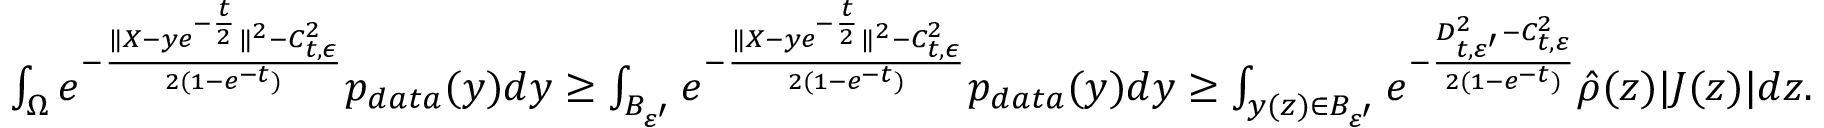
\begin{array} { r } { \int _ { \Omega } e ^ { - \frac { \| X - y e ^ { - \frac { t } { 2 } } \| ^ { 2 } - C _ { t , \epsilon } ^ { 2 } } { 2 ( 1 - e ^ { - t } ) } } p _ { d a t a } ( y ) d y \geq \int _ { B _ { \varepsilon ^ { \prime } } } e ^ { - \frac { \| X - y e ^ { - \frac { t } { 2 } } \| ^ { 2 } - C _ { t , \epsilon } ^ { 2 } } { 2 ( 1 - e ^ { - t } ) } } p _ { d a t a } ( y ) d y \geq \int _ { y ( z ) \in B _ { \varepsilon ^ { \prime } } } e ^ { - \frac { D _ { t , \varepsilon ^ { \prime } } ^ { 2 } - C _ { t , \varepsilon } ^ { 2 } } { 2 ( 1 - e ^ { - t } ) } } \hat { \rho } ( z ) | J ( z ) | d z . } \end{array}